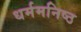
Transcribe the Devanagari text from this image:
धर्ममनिष्ठ